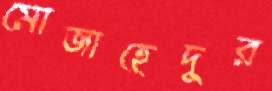
মোজাহেদুর